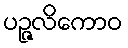
ပဉ္ဇလိကောဝ